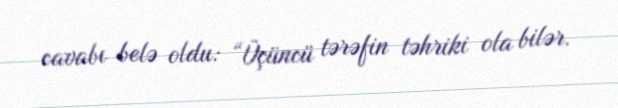
cavabı belə oldu: “Üçüncü tərəfin təhriki ola bilər.